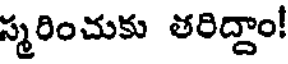
స్మరించుకు తరిద్దాం!